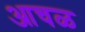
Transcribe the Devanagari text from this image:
आचळ